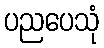
ပညပေသုံ